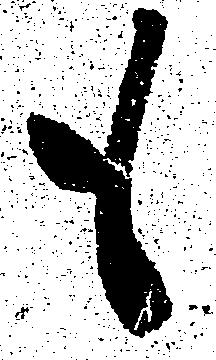
も